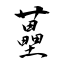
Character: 蘲